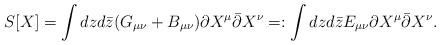
LaTeX: \begin{align*}S[X]=\int dzd\bar{z}(G_{\mu\nu}+B_{\mu\nu})\partial X^\mu\bar{\partial} X^\nu=:\int dz d\bar{z}E_{\mu\nu}\partial X^\mu \bar{\partial} X^\nu.\end{align*}